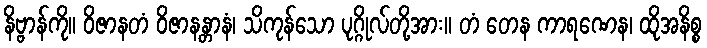
နိဗ္ဗာန်ကို။ ဝိဇာနတံ ဝိဇာနန္တာနံ၊ သိကုန်သော ပုဂ္ဂိုလ်တို့အား။ တံ တေန ကာရဏေန၊ ထိုအနိစ္စ